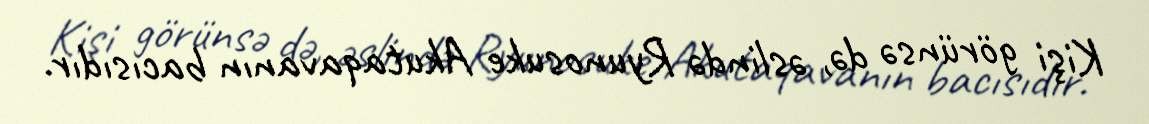
Kişi görünsə də, əslində Ryunosuke Akutaqavanın bacısıdır.